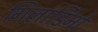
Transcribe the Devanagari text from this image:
गिलार्डिनो